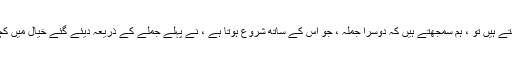
جب ہم مذکورہ دو جملے پڑھتے ہیں تو ، ہم سمجھتے ہیں کہ دوسرا جملہ ، جو اس کے ساتھ شروع ہوتا ہے ، نے پہلے جملے کے ذریعہ دیئے گئے خیال میں کچھ معلومات شامل کردی ہیں۔